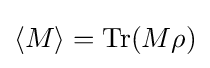
\langle M\rangle =\operatorname {Tr} (M\rho )